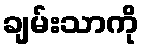
ချမ်းသာကို